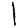
Digit: 1